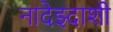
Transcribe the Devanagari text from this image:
नादेझ्दाशी